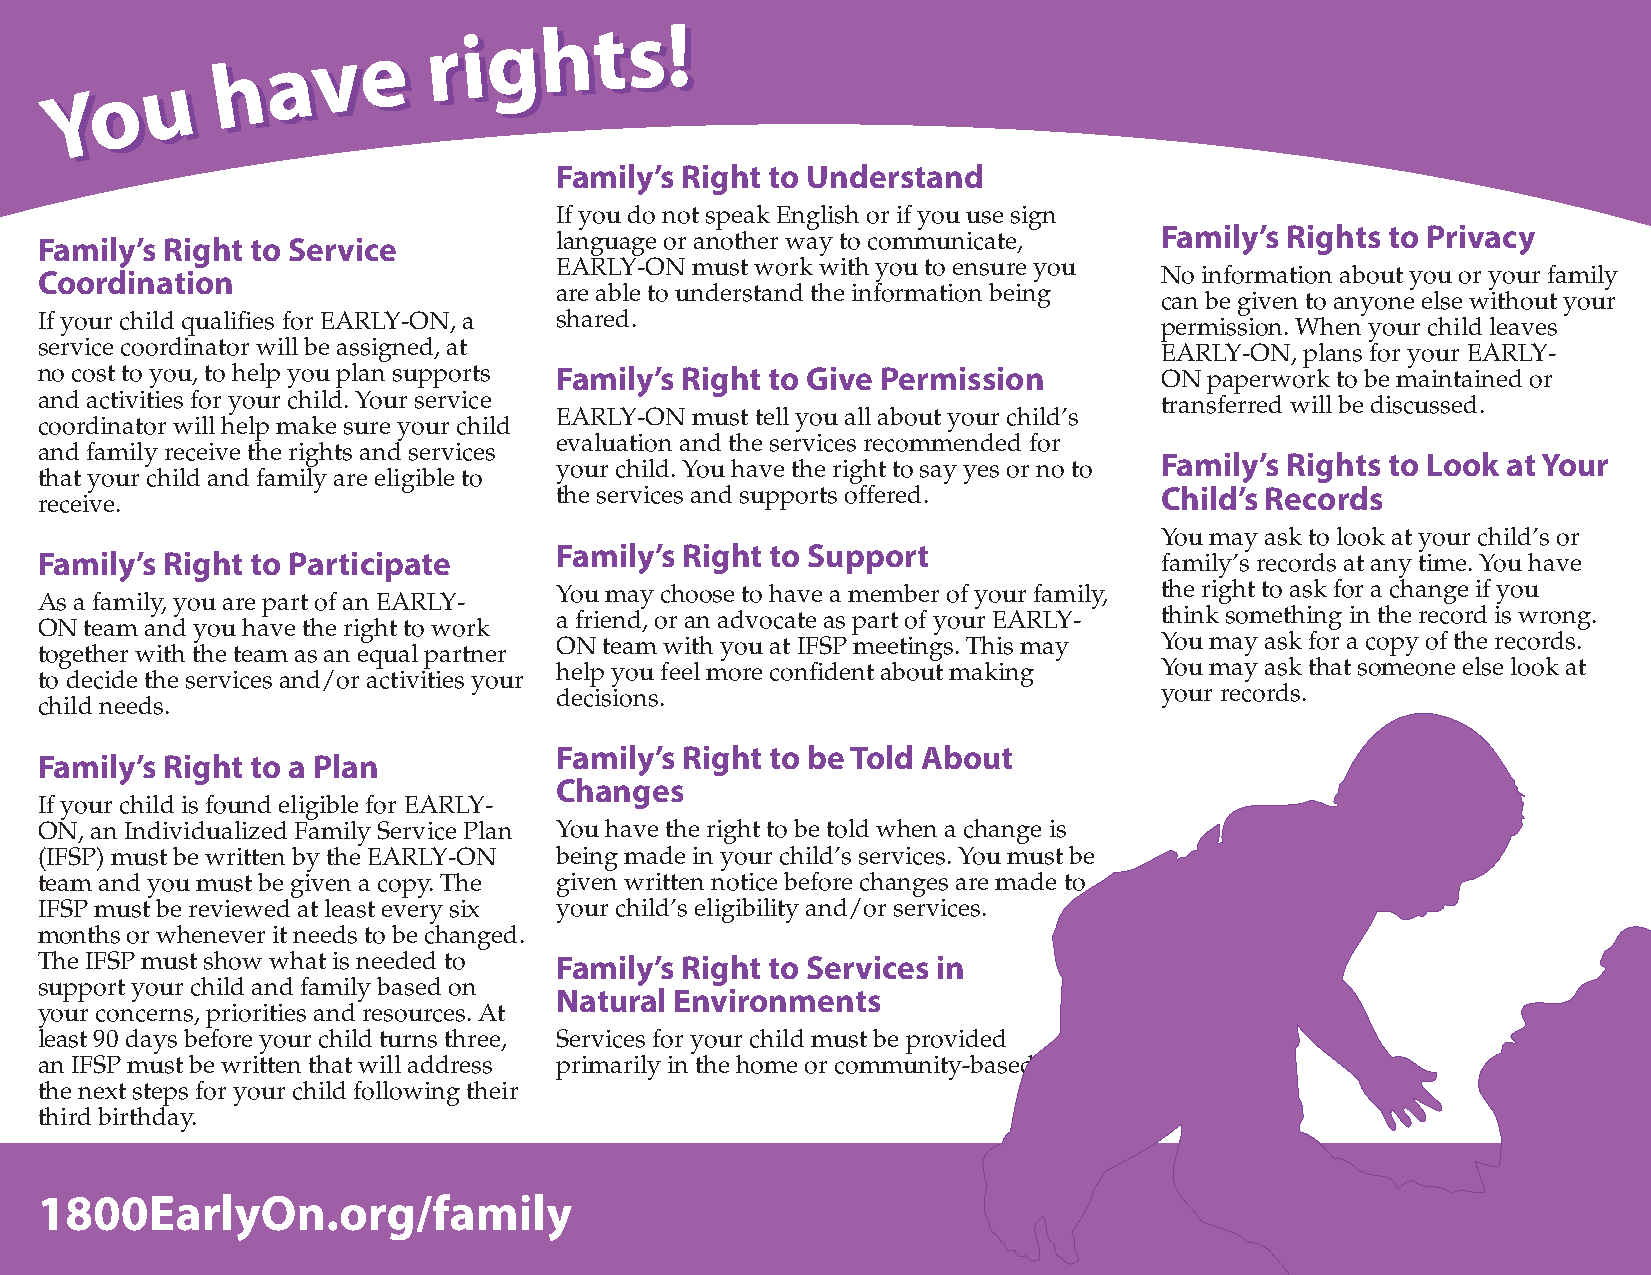
Family’s Right to Understand
 If you do not speak English or if you use sign
 Family’s Rights to Privacy
 Family’s Right to Service          language or another way to communicate,
 EARLY-ON must work with you to ensure you
 Coordination                                                               No information about you or your family
 are able to understand the information being
 can be given to anyone else without your
 If your child qualifies for EARLY-ON, a shared.                            permission. When your child leaves
 service coordinator will be assigned, at                                   EARLY-ON, plans for your EARLY-
 no cost to you, to help you plan supports Family’s Right to Give Permission ON paperwork to be maintained or
 and activities for your child. Your service                                transferred will be discussed.
 EARLY-ON must tell you all about your child’s
 coordinator will help make sure your child
 evaluation and the services recommended for
 and family receive the rights and services
 Family’s Rights to Look at Your
 your child. You have the right to say yes or no to
 that your child and family are eligible to
 the services and supports offered.      Child’s Records
 receive.
 You may ask to look at your child’s or
 Family’s Right to Support
 Family’s Right to Participate                                              family’s records at any time. You have
 You may choose to have a member of your family, the right to ask for a change if you
 As a family, you are part of an EARLY-
 a friend, or an advocate as part of your EARLY- think something in the record is wrong.
 ON  team and you have the right to work
 ON team with you at IFSP meetings. This may You may ask for a copy of the records.
 together with the team as an equal partner
 help you feel more confident about making You may ask that someone else look at
 to decide the services and/or activities your
 decisions.                              your records.
 child needs.
 Family’s Right to be Told About
 Family’s Right to a Plan
 Changes
 If your child is found eligible for EARLY-
 ON, an Individualized Family Service Plan You have the right to be told when a change is
 (IFSP) must be written by the EARLY-ON being made in your child’s services. You must be
 team and you must be given a copy. The given written notice before changes are made to
 IFSP must be reviewed at least every six your child’s eligibility and/or services.
 months or whenever it needs to be changed.
 The IFSP must show what is needed to Family’s Right to Services in
 support your child and family based on
 Natural Environments
 your concerns, priorities and resources. At
 least 90 days before your child turns three, Services for your child must be provided
 an IFSP must be written that will address primarily in the home or community-based
 the next steps for your child following their
 third birthday.
 1800EarlyOn.org/family